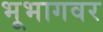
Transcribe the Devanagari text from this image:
भूभागवर